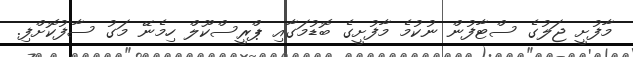
މާފުށީ ޖަލުގެ ސްޓާފުން ނުކުމެ މާފުށީގެ ބޮޑުމަގާއި ޕްރީސްކޫލް ހިމެނޭ މަގު ސާފުކޮށްފި.